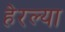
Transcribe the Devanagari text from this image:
हेरल्या